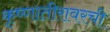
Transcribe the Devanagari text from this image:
कृष्णातीरावरची